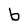
Character: b